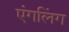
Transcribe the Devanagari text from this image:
एंगलिंग